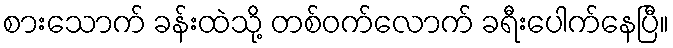
စားသောက် ခန်းထဲသို့ တစ်ဝက်လောက် ခရီးပေါက်နေပြီ။